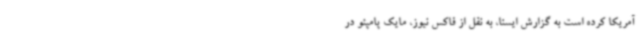
آمریکا کرده است به گزارش ایسنا، به نقل از فاکس نیوز، مایک پامپئو در